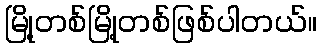
မြို့တစ်မြို့တစ်ဖြစ်ပါတယ်။